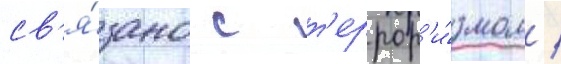
св'я́зано с т'еррор'и́змом /